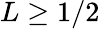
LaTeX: L\geq 1/2